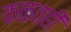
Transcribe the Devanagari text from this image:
कळतही